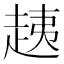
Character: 𧻑